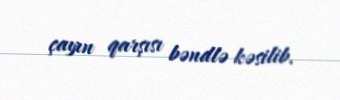
çayın qarşısı bəndlə kəsilib.